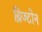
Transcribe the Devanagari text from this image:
ब्रिज्टोन